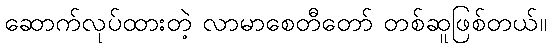
ဆောက်လုပ်ထားတဲ့ လာမာစေတီတော် တစ်ဆူဖြစ်တယ်။